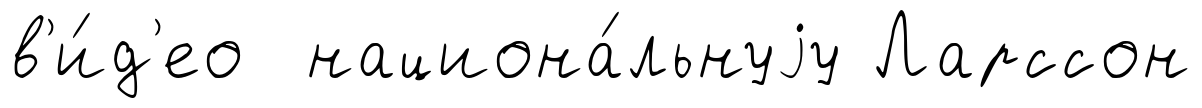
в'и́д'ео национа́льнуjу Ларссон